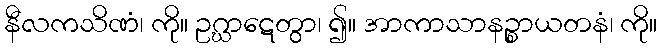
နီလကသိဏံ၊ ကို။ ဥဂ္ဃာဋေတွာ၊ ၍။ အာကာသာနဉ္စာယတနံ၊ ကို။